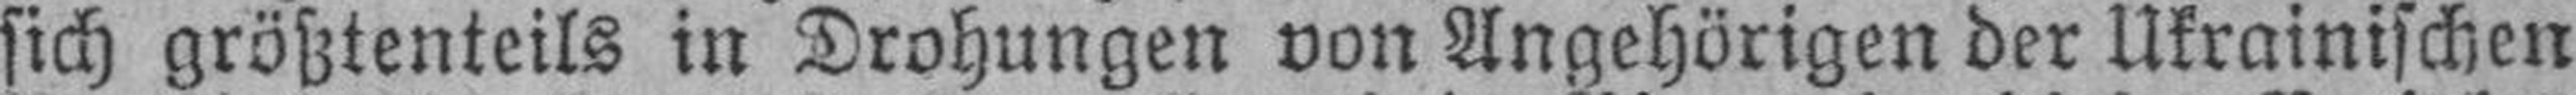
sich größtenteils in Drohungen von Angehörigen der Ukrainischen